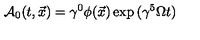
{ \cal A } _ { 0 } ( t , \vec { x } ) = \gamma ^ { 0 } \phi ( \vec { x } ) \exp { ( \gamma ^ { 5 } \Omega t ) }